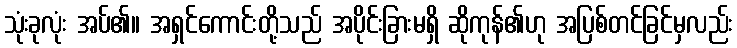
သုံးခုလုံး အပ်၏။ အရှင်ကောင်းတို့သည် အပိုင်းခြားမရှိ ဆိုကုန်၏ဟု အပြစ်တင်ခြင်မှလည်း